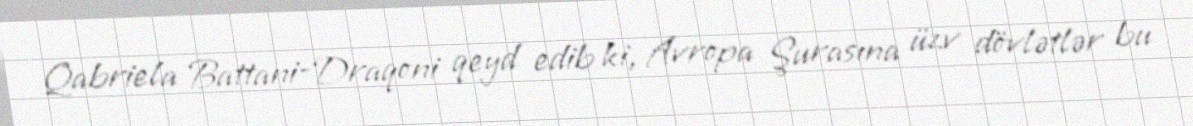
Qabriela Battani-Draqoni qeyd edib ki, Avropa Şurasına üzv dövlətlər bu